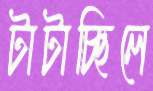
টাটাচ্ছিলে